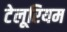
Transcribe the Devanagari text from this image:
टेलूरियम